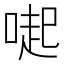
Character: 𠺬